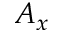
A _ { x }